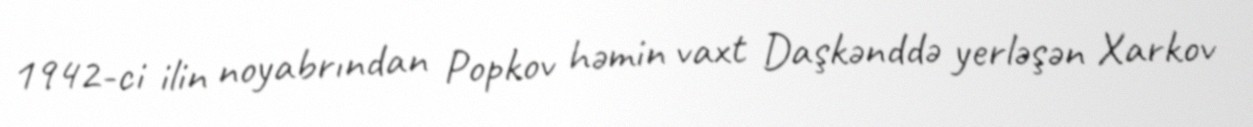
1942-ci ilin noyabrından Popkov həmin vaxt Daşkənddə yerləşən Xarkov